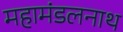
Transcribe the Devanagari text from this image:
महामंडलनाथ